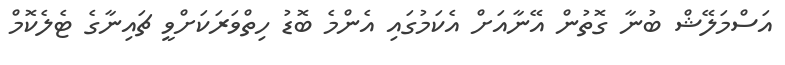
އަސްމަލޭޝް ބުނާ ގޮތުން އޭނާއަށް އެކަމުގައި އެންމެ ބޮޑު ހިތްވަރަކަށްވީ ޗައިނާގެ ޓެލެކޮމް